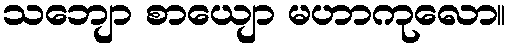
သဘျော စာယျော မဟာကုလော။